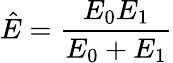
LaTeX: \hat{E}=\frac{E_{0}E_{1}}{E_{0}+E_{1}}